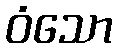
ဝံသော